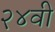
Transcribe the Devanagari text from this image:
२४वी